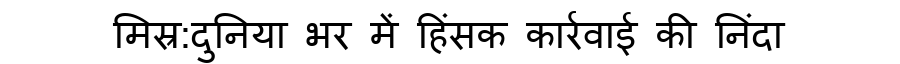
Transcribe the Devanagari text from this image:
मिस्र:दुनिया भर में हिंसक कार्रवाई की निंदा